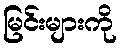
မြင်းများကို